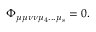
\Phi _ { \mu \mu \nu \nu \mu _ { 4 } . . . \mu _ { s } } = 0 .